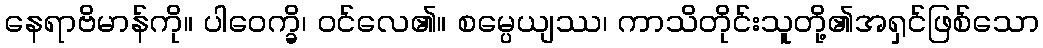
နေရာဗိမာန်ကို။ ပါဝေက္ခိ၊ ဝင်လေ၏။ စမ္ပေယျဿ၊ ကာသိတိုင်းသူတို့၏အရှင်ဖြစ်သော